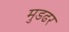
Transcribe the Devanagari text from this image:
मुडढर